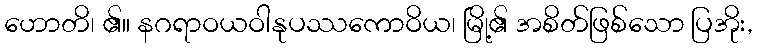
ဟောတိ၊ ၏။ နဂရာဝယဝါနုပဿကောဝိယ၊ မြို့၏ အစိတ်ဖြစ်သော ပြအိုး,